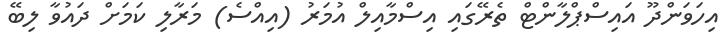
އިހަވަންދޫ އައިސްޕްލާންޓް ތެރޭގައި އިސްމާއިލް އުމަރު (އިއްސެ) މަރާލި ކަމަށް ދައުވާ ލިބޭ